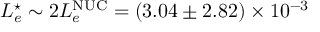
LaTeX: L _ { e } ^ { \star } \sim 2 L _ { e } ^ { \mathrm { N U C } } = ( 3 . 0 4 \pm 2 . 8 2 ) \times 1 0 ^ { - 3 }